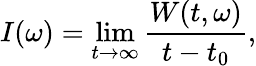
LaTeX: I(\omega)=\operatorname*{lim}_{t\rightarrow\infty}\frac{W(t,\omega)}{t-t_{0}},